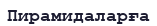
Пирамидаларға